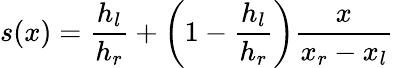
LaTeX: s(x)=\frac{h_{l}}{h_{r}}+\left(1-\frac{h_{l}}{h_{r}}\right)\frac{x}{x_{r}-x_{l}}